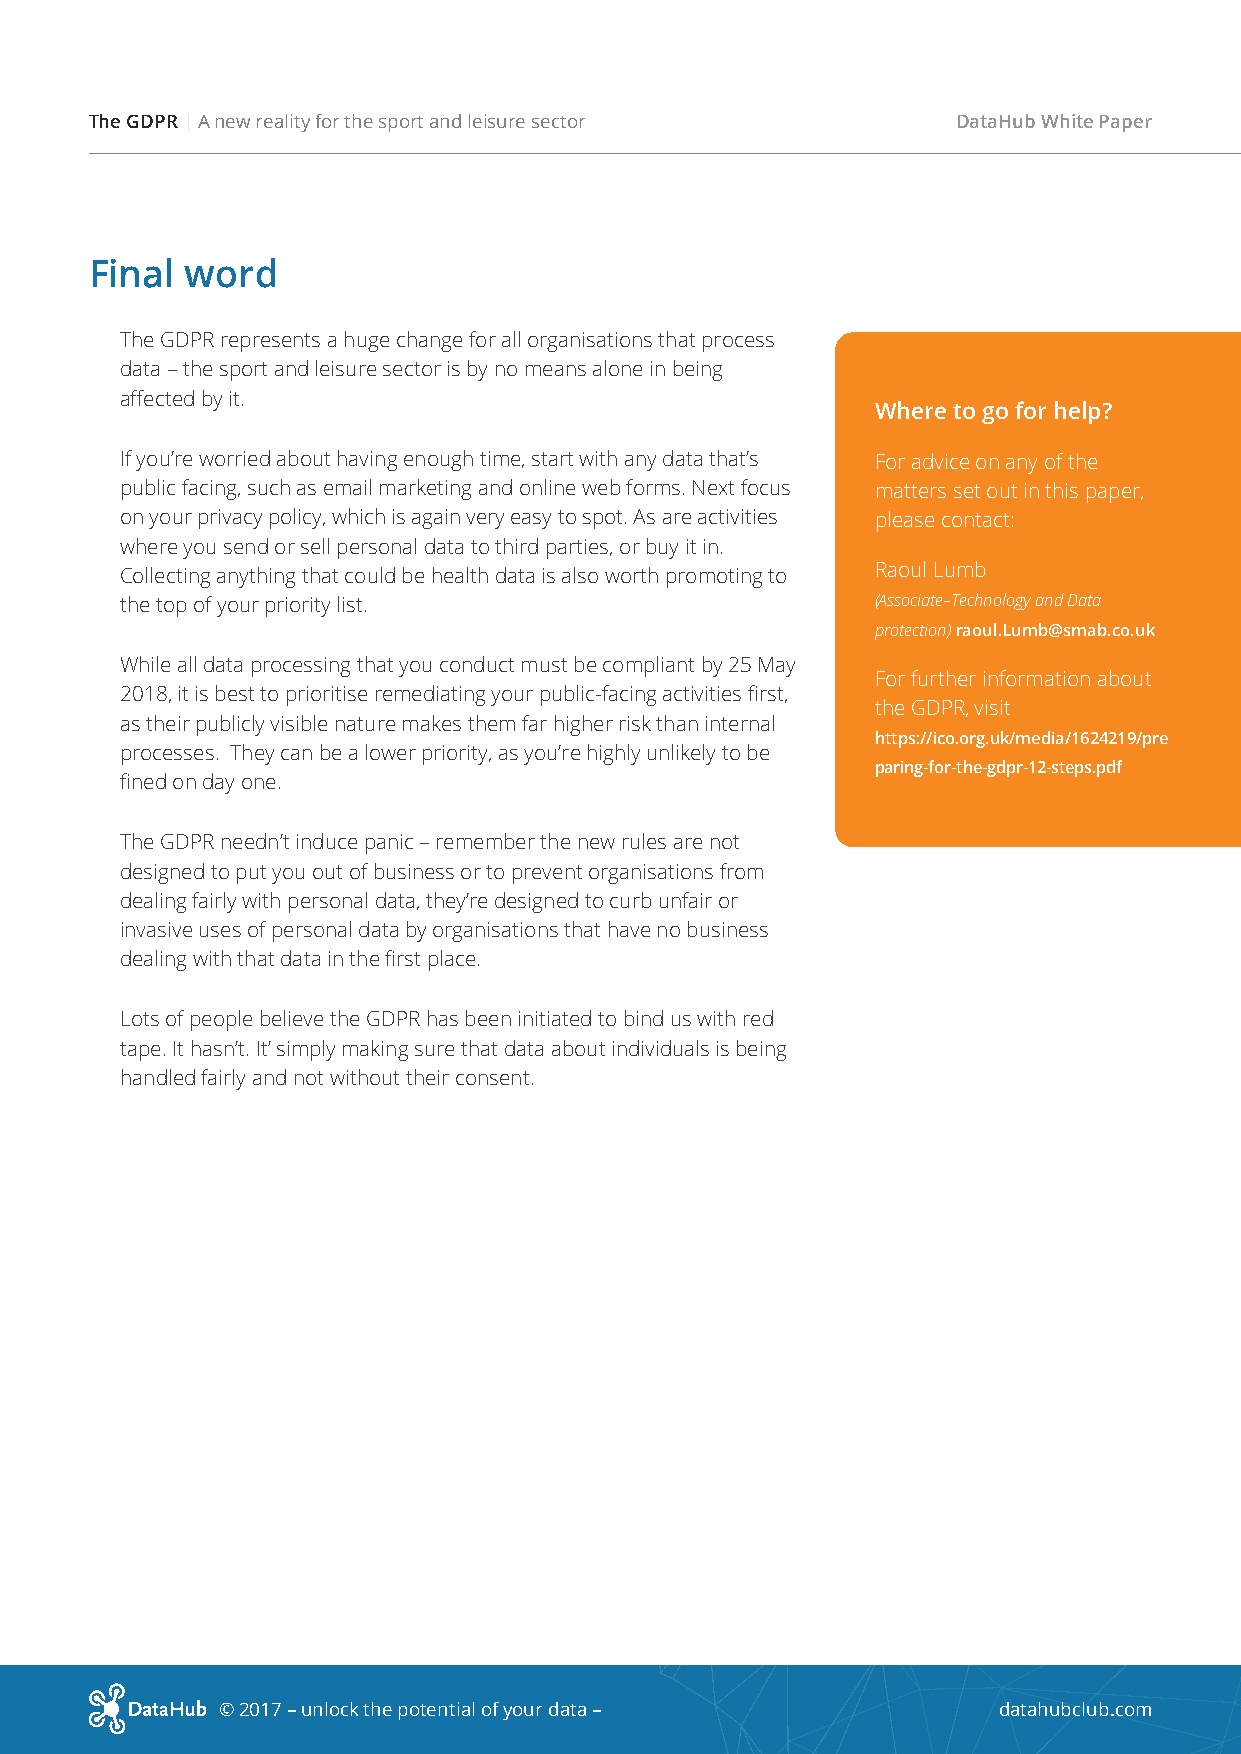
The GDPR | A new reality for the sport and leisure sector DataHub White Paper
 Final word
 The GDPR represents a huge change for all organisations that process
 data – the sport and leisure sector is by no means alone in being
 affected by it.
 Where to go for help?
 If you’re worried about having enough time, start with any data that’s For advice on any of the
 public facing, such as email marketing and online web forms. Next focus matters set out in this paper,
 on your privacy policy, which is again very easy to spot. As are activities please contact:
 where you send or sell personal data to third parties, or buy it in.
 Collecting anything that could be health data is also worth promoting to Raoul Lumb
 the top of your priority list.                    (Associate–Technology and Data
 protection) raoul.Lumb@smab.co.uk
 While all data processing that you conduct must be compliant by 25 May
 For further information about
 2018, it is best to prioritise remediating your public-facing activities first,
 the GDPR, visit
 as their publicly visible nature makes them far higher risk than internal
 https://ico.org.uk/media/1624219/pre
 processes. They can be a lower priority, as you’re highly unlikely to be
 paring-for-the-gdpr-12-steps.pdf
 fined on day one.
 The GDPR needn’t induce panic – remember the new rules are not
 designed to put you out of business or to prevent organisations from
 dealing fairly with personal data, they’re designed to curb unfair or
 invasive uses of personal data by organisations that have no business
 dealing with that data in the first place.
 Lots of people believe the GDPR has been initiated to bind us with red
 tape. It hasn’t. It’ simply making sure that data about individuals is being
 handled fairly and not without their consent.
 © 2017 – unlock the potential of your data –        datahubclub.com